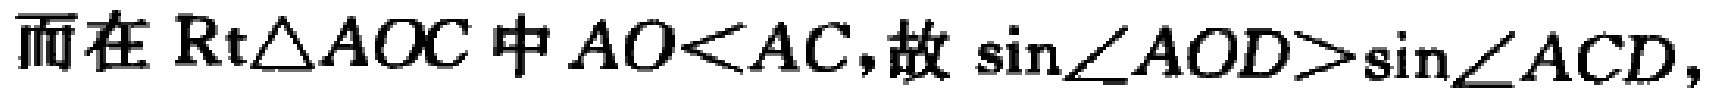
而在$\text{Rt}\triangle AOC$中$AO<AC,$故$\sin\angle AOD>\sin\angle ACD,$